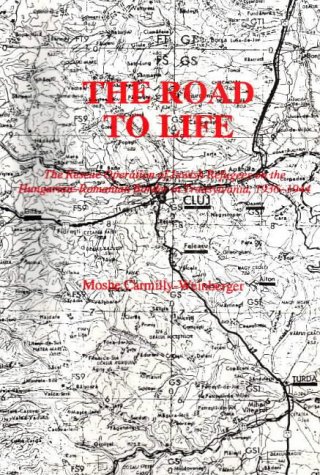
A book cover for The Road to Life: The Rescue Operation of Jewish Refugees on the Hungarian-Romanian Border in Transylvania, 1936-1944 (Bibliotheca Judaica (Cluj-Napoca, Romania), 2.); Moshe Carmilly-Weinberger; History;